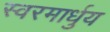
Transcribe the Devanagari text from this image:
स्‍वरमार्धुय